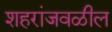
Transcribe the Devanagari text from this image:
शहरांजवळील